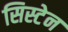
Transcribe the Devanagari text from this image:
सिस्टेन